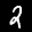
Label: 2